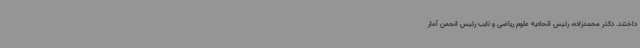
داختند. دکتر محمدزاده، رئیس اتحادیه علوم ریاضی و نایب رئیس انجمن آمار